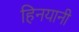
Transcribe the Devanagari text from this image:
हिनयानी